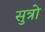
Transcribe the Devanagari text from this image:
सुत्रो